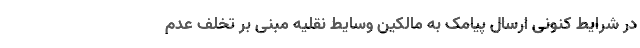
در شرایط کنونی ارسال پیامک به مالکین وسایط نقلیه مبنی بر تخلف عدم